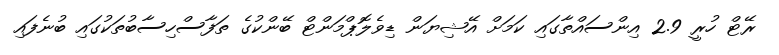
ރޭޓް ހުރީ 2.9 އިންސައްތާގައި ކަމަށް އޭޝިޔަން ޑިވެލޮޕްމަންޓް ބޭންކުގެ ތަފާސްހިސާބުތަކުގައި ބުނެފައި